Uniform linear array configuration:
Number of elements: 64
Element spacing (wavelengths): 1
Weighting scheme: kaiser
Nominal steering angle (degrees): -15
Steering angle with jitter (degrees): -15.705
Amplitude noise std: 0.05
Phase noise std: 0.05

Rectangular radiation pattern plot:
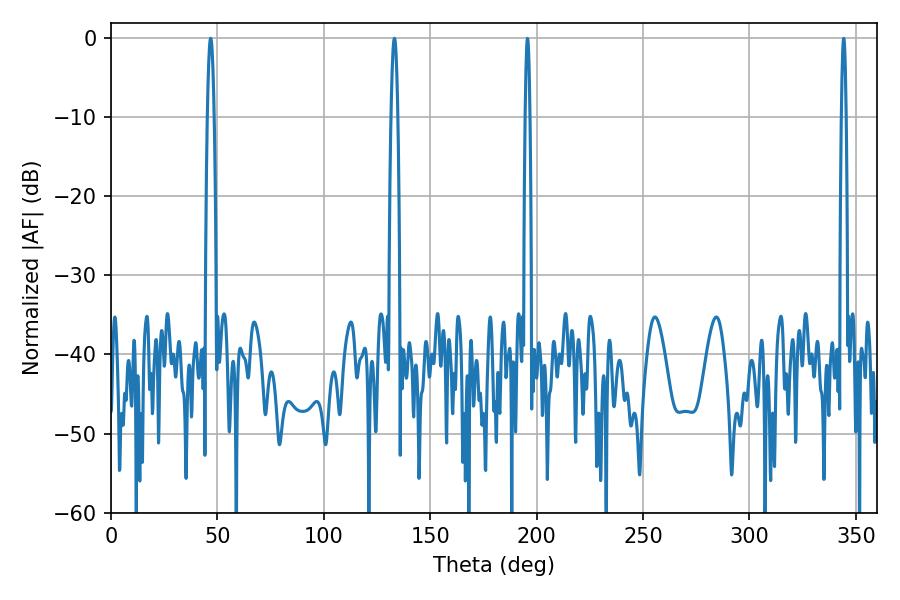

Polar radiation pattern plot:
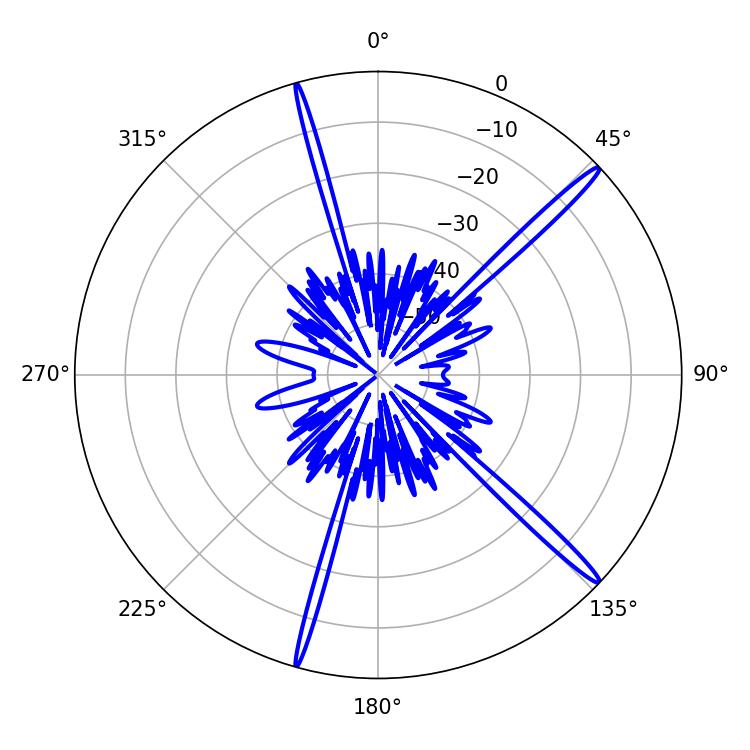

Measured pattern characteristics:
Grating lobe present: TRUE
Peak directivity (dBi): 17.418
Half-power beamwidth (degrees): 1.62
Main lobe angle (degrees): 46.8